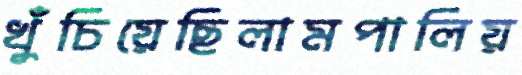
খুঁচিয়েছিলামপালিয়